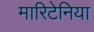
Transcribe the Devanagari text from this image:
मारिटेनिया